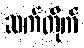
ဆက်တိုက်